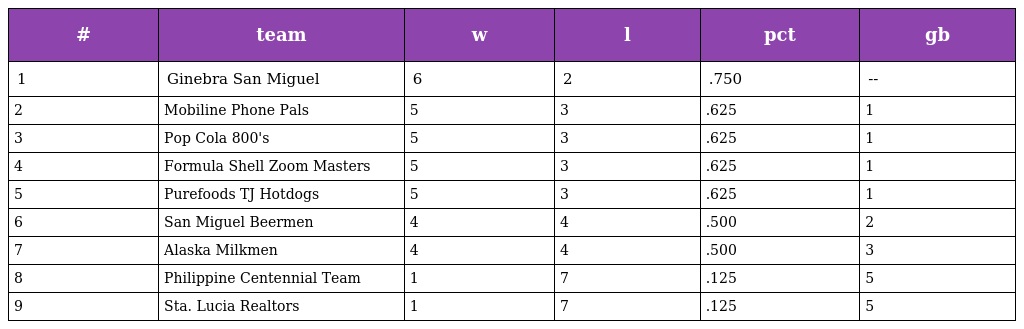
| # | team | w | l | pct | gb |
 | --- | --- | --- | --- | --- | --- |
 | 1 | Ginebra San Miguel | 6 | 2 | .750 | -- |
 | 2 | Mobiline Phone Pals | 5 | 3 | .625 | 1 |
 | 3 | Pop Cola 800's | 5 | 3 | .625 | 1 |
 | 4 | Formula Shell Zoom Masters | 5 | 3 | .625 | 1 |
 | 5 | Purefoods TJ Hotdogs | 5 | 3 | .625 | 1 |
 | 6 | San Miguel Beermen | 4 | 4 | .500 | 2 |
 | 7 | Alaska Milkmen | 4 | 4 | .500 | 3 |
 | 8 | Philippine Centennial Team | 1 | 7 | .125 | 5 |
 | 9 | Sta. Lucia Realtors | 1 | 7 | .125 | 5 |